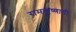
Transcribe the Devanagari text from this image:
रामकृष्णाची